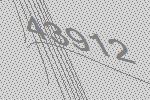
43912